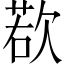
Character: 𪴰